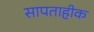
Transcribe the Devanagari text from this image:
सापताहीक